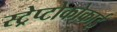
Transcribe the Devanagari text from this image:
स्ट्रेप्टोकोकाई